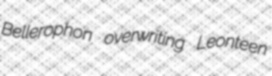
Bellerophon overwriting Leonteen